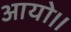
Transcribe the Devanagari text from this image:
आयो।।